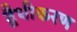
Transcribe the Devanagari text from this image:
द्वैधीकरण